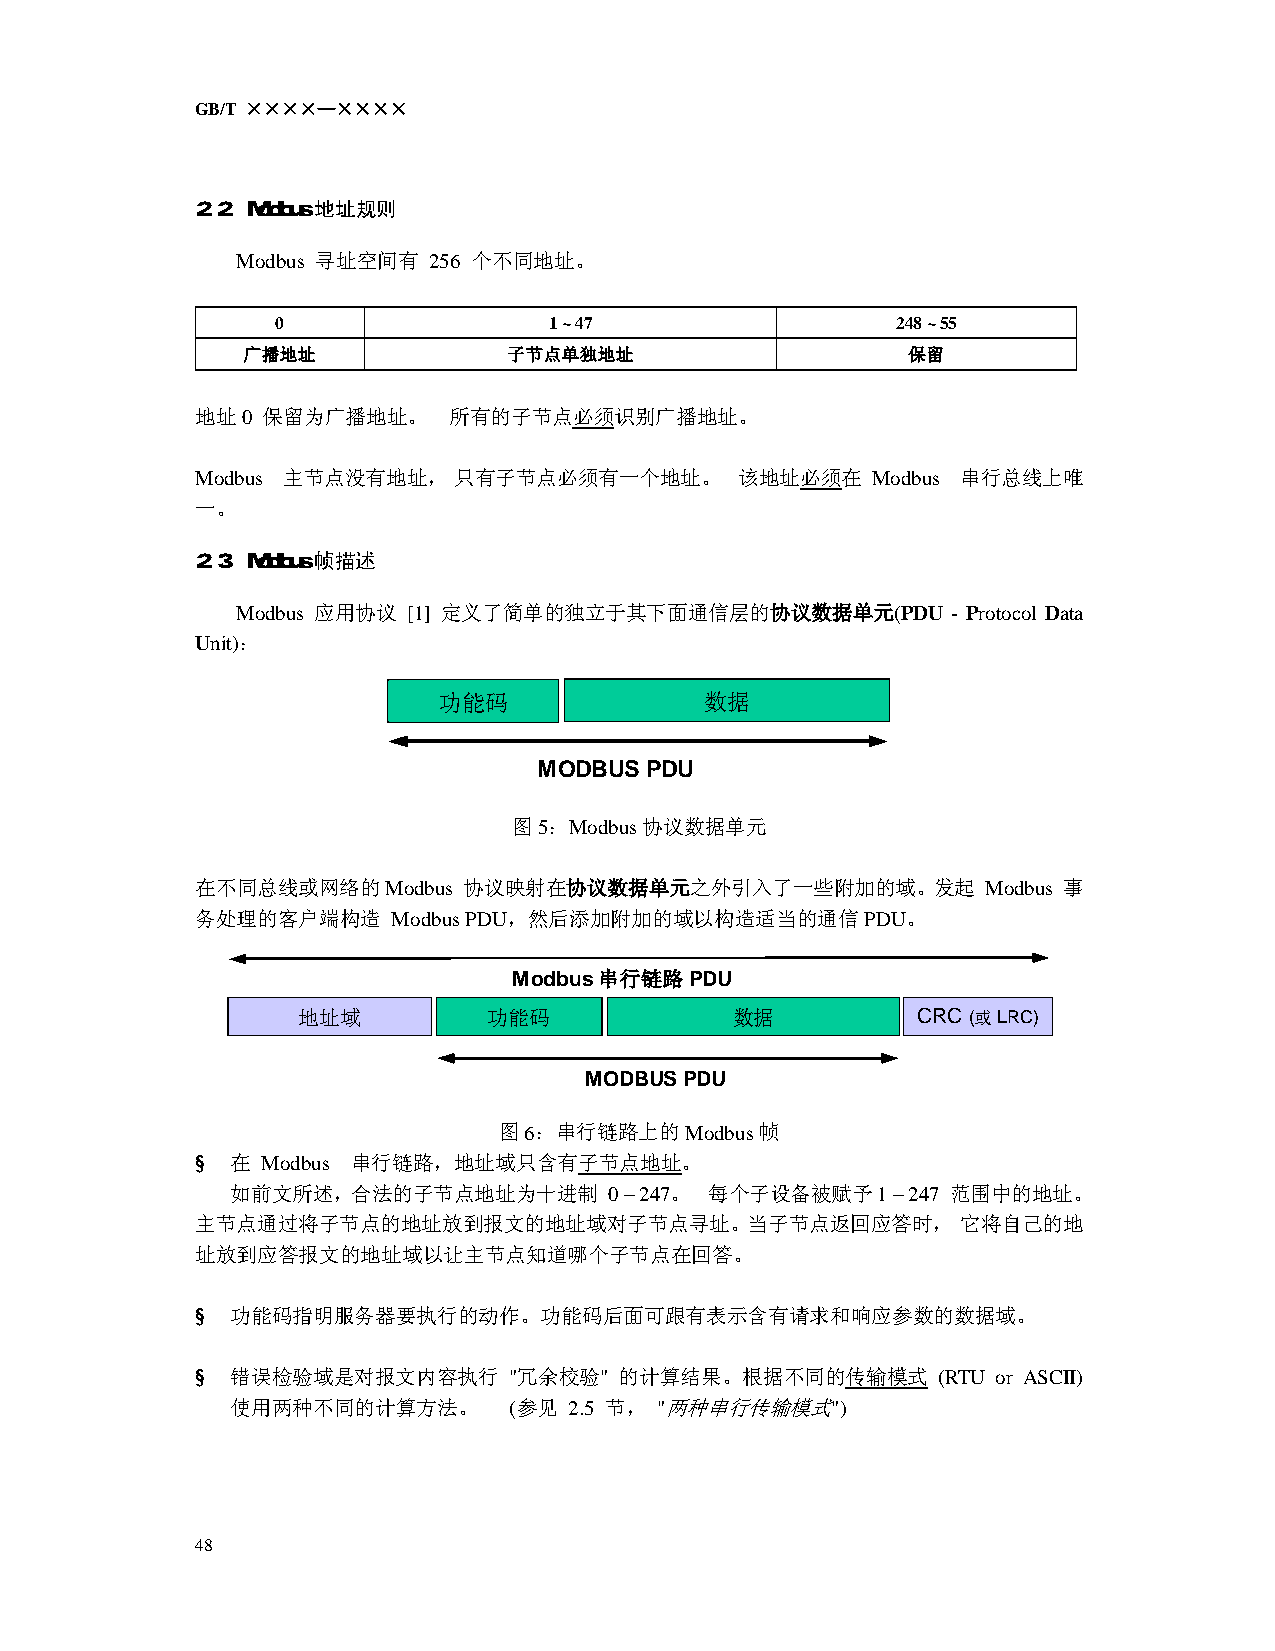
GB/T ××××—××××
 2.2 Modbus地址规则
 Modbus 寻址空间有 256 个不同地址。
 0                 1 ~ 47                 248 ~ 55
 广播地址              子节点单独地址                   保留
 地址0 保留为广播地址。     所有的子节点必须识别广播地址。
 Modbus 主节点没有地址，  只有子节点必须有一个地址。      该地址必须在  Modbus 串行总线上唯
 一。
 2.3 Modbus帧描述
 Modbus 应用协议 [1] 定义了简单的独立于其下面通信层的协议数据单元(PDU     - Protocol Data
 Unit)：
 功能码               数据
 MODBUS PDU
 图5：Modbus协议数据单元
 在不同总线或网络的Modbus   协议映射在协议数据单元之外引入了一些附加的域。发起         Modbus 事
 务处理的客户端构造    Modbus PDU，然后添加附加的域以构造适当的通信PDU。
 Modbus串行链路PDU
 地址域         功能码             数据           CRC (或 LRC)
 MODBUS PDU
 图6：串行链路上的Modbus帧
 § 在 Modbus 串行链路，地址域只含有子节点地址。
 如前文所述，合法的子节点地址为十进制       0 – 247。 每个子设备被赋予1 – 247 范围中的地址。
 主节点通过将子节点的地址放到报文的地址域对子节点寻址。当子节点返回应答时，              它将自己的地
 址放到应答报文的地址域以让主节点知道哪个子节点在回答。
 § 功能码指明服务器要执行的动作。功能码后面可跟有表示含有请求和响应参数的数据域。
 § 错误检验域是对报文内容执行      "冗余校验" 的计算结果。根据不同的传输模式      (RTU or ASCII)
 使用两种不同的计算方法。      (参见 2.5 节， "两种串行传输模式")
 48